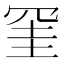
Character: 𭁹